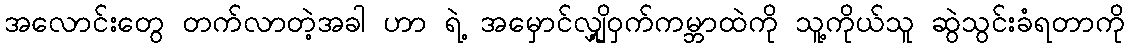
အလောင်းတွေ တက်လာတဲ့အခါ ဟာ ရဲ့ အမှောင်လျှို့ဝှက်ကမ္ဘာထဲကို သူ့ကိုယ်သူ ဆွဲသွင်းခံရတာကို